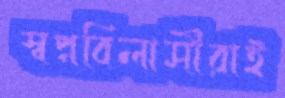
স্বপ্নবিলাসীরাই